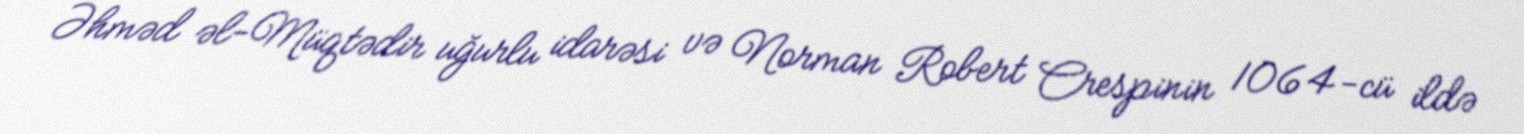
Əhməd əl-Müqtədir uğurlu idarəsi və Norman Robert Crespinin 1064-cü ildə